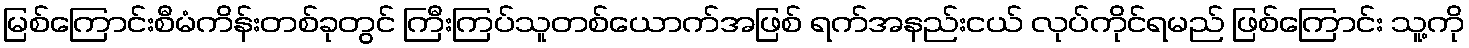
မြစ်ကြောင်းစီမံကိန်းတစ်ခုတွင် ကြီးကြပ်သူတစ်ယောက်အဖြစ် ရက်အနည်းငယ် လုပ်ကိုင်ရမည် ဖြစ်ကြောင်း သူ့ကို